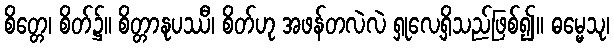
စိတ္တေ၊ စိတ်၌။ စိတ္တာနုပဿီ၊ စိတ်ဟု အဖန်တလဲလဲ ရှုလေ့ရှိသည်ဖြစ်၍။ ဓမ္မေသု၊